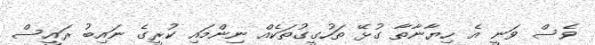
ވެސް ވަނީ އެ ހިޔާނާތާ ގުޅޭ ތަހުގީގުތަކެއް ނިންމައި ކުރީގެ ނައިބު ރައީސް